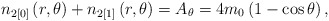
\begin{align*}n_{2[0]}\left( r,\theta \right) +n_{2[1]}\left( r,\theta \right) =A_\theta=4m_0\left( 1-\cos \theta \right) ,\end{align*}